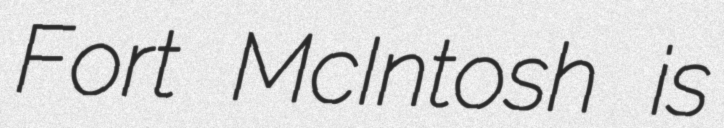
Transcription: Fort McIntosh is